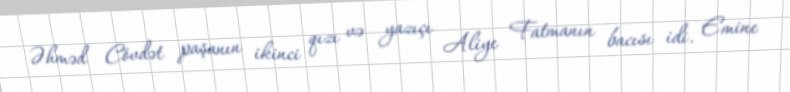
Əhməd Cövdət paşanın ikinci qızı və yazıçı Aliye Fatmanın bacısı idi. Emine